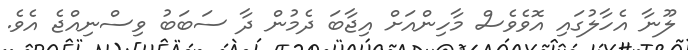
ލޫނާ އެހާލުގައި އޮވެވެސް މާހިންއަށް އިޖާބަ ދެމުން ދާ ސަބަބު ވިސްނިއްޖެ އެވެ.